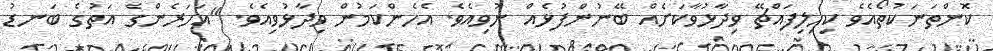
ކޮންތަނަކުތޯއެވެ ކިހިލިފައްޗޭ ވިދާޅުވާކަށެއް ބޭނުންފުޅެއް ނުވިއެވެ. އެހެންކަމުން ވިދާޅުވިއެވެ. "އަހަރެންގެ އަތުގެ ބަނޑު